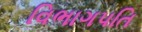
વિભાગપતિ